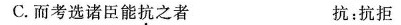
C.而考选诸臣能抗之者 抗：抗拒